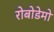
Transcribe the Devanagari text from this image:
रोबोडेमो